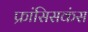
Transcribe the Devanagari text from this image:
फ्रांसिसकंस